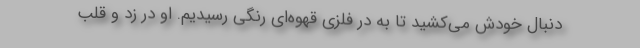
دنبال خودش می‌کشید تا به در فلزی قهوه‌ای رنگی رسیدیم. او در زد و قلب